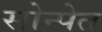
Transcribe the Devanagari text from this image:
सोन्पेत